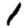
Digit: 1